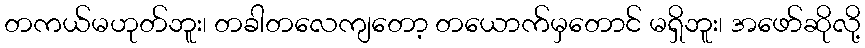
တကယ်မဟုတ်ဘူး၊ တခါတလေကျတော့ တယောက်မှတောင် မရှိဘူး၊ အဖော်ဆိုလို့